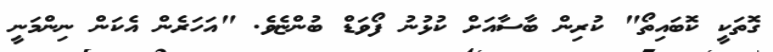
ގޮތަކީ ކޮބައިތޯ" ކުރިން ބާސާއަށް ކުޅުނު ފޯވަޑް ބުންޏެވެ. "އަހަރެން އެކަން ނިންމަނީ